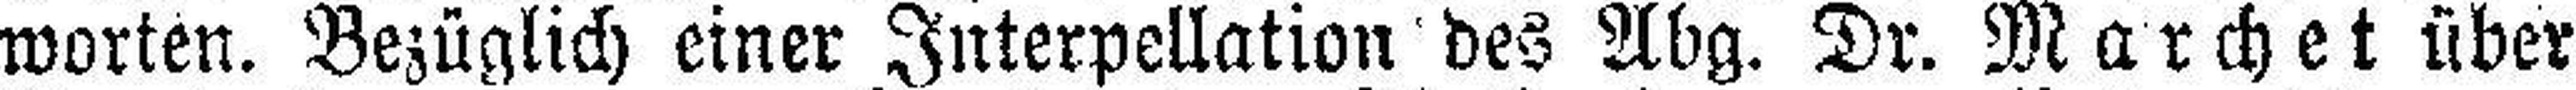
worten. Bezüglich einer Interpellation des Abg. Dr. March et über